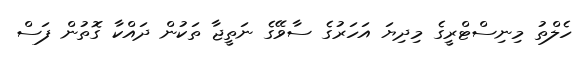
ހެލްތު މިނިސްޓްރީގެ މިދިޔަ އަހަރުގެ ސާވޭގެ ނަތީޖާ ތަކުން ދައްކާ ގޮތުން ފަސް